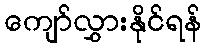
ကျော်လွှားနိုင်ရန်